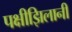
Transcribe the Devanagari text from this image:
पक्षीझिलानी